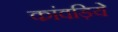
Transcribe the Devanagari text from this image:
कांवड़िये